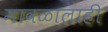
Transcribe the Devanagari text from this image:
मावळालाही